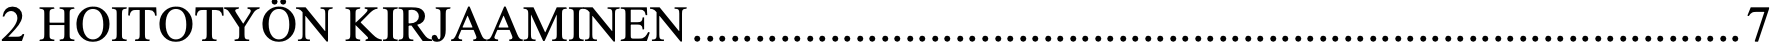
2 HOITOTYÖN KIRJAAMINEN .................................................................................... 7